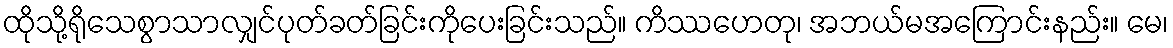
ထိုသို့ရိုသေစွာသာလျှင်ပုတ်ခတ်ခြင်းကိုပေးခြင်းသည်။ ကိဿဟေတု၊ အဘယ်မအကြောင်းနည်း။ မေ၊